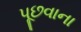
પૂછવાના